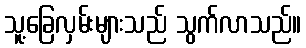
သူ့ခြေလှမ်းများသည် သွက်လာသည်။